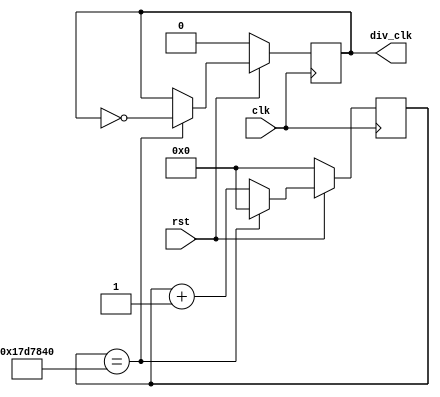
`define TimeExpire 32'd25000000
module cli_div(clk,rst,div_clk);
input clk,rst;
output div_clk;

reg div_clk;
reg [31:0]count;

always@(posedge clk)
begin
 if(!rst)
 begin
 count<=32'd0;
 div_clk<=1'b0;
 end
 else
 begin
 if(count==`TimeExpire)
 begin
 count<=32'd0;
 div_clk<=!div_clk;
 end
 else
 begin
 count<=count+32'd1;
 end 
 end
end

endmodule

module seven(count,out);
input [3:0] count;
output reg[6:0] out;
always@(count)
begin
case(count)
 4'b0000: begin out = 7'b1000000;end 
 4'b0001: begin out = 7'b1111001;end
 4'b0010: begin out = 7'b0100100;end
 4'b0011: begin out = 7'b0110000;end
 4'b0100: begin out = 7'b0011001;end
 4'b0101: begin out = 7'b0010010;end
 4'b0110: begin out = 7'b0000010;end
 4'b0111: begin out = 7'b1111000;end
 4'b1000: begin out = 7'b0000000;end
 4'b1001: begin out = 7'b0010000;end
 4'b1010: begin out = 7'b0001000;end
 4'b1011: begin out = 7'b0000011;end
 4'b1100: begin out = 7'b1000110;end
 4'b1101: begin out = 7'b0100001;end
 4'b1110: begin out = 7'b0000110;end
 4'b1111: begin out = 7'b0001110;end
endcase
end
endmodule

module Lab6(clk,reset,out);
input clk,reset;
reg [3:0] count;
wire clk_div;
output [6:0] out;
cli_div c(.clk(clk),.rst(reset),.div_clk(clk_div));
seven useven(.count(count),.out(out));

always@(posedge clk_div or negedge reset)
begin
 if(!reset) 
 begin
 count <= 4'b0000;
 end
 else 
 begin
 
 //always@(posedge clk_div)
 
 if(count==4'b1111)
 count <= 4'b0000;
 else
 count <= count + 1'b1;
 end
end
endmodule